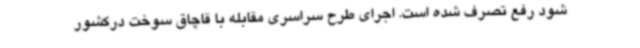
شود رفع تصرف شده است. اجرای طرح سراسری مقابله با قاچاق سوخت درکشور